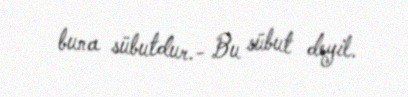
buna sübutdur.- Bu sübut deyil.